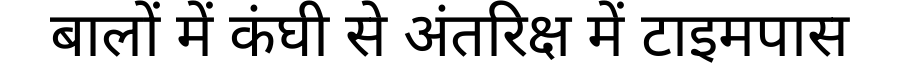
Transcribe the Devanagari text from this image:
बालों में कंघी से अंतरिक्ष में टाइमपास